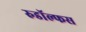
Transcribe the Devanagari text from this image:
रुडॉल्फस